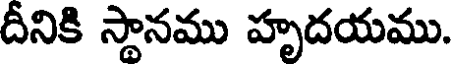
దీనికి స్థానము హృదయము.